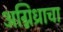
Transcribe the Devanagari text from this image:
अग्निध्राचा